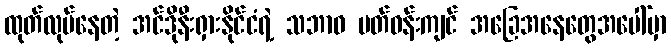
ထုတ်လုပ်နေတဲ့ အင်ဒိုနီးရှားနိုင်ငံရဲ့ သဘာဝ ပတ်ဝန်းကျင် အခြေအနေတွေအပေါ်မှာ